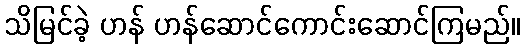
သိမြင်ခဲ့ ဟန် ဟန်ဆောင်ကောင်းဆောင်ကြမည်။